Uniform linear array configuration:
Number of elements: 48
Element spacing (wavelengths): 1
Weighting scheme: hamming
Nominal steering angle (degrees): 0
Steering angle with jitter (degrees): -1.997
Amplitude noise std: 0.05
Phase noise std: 0.05

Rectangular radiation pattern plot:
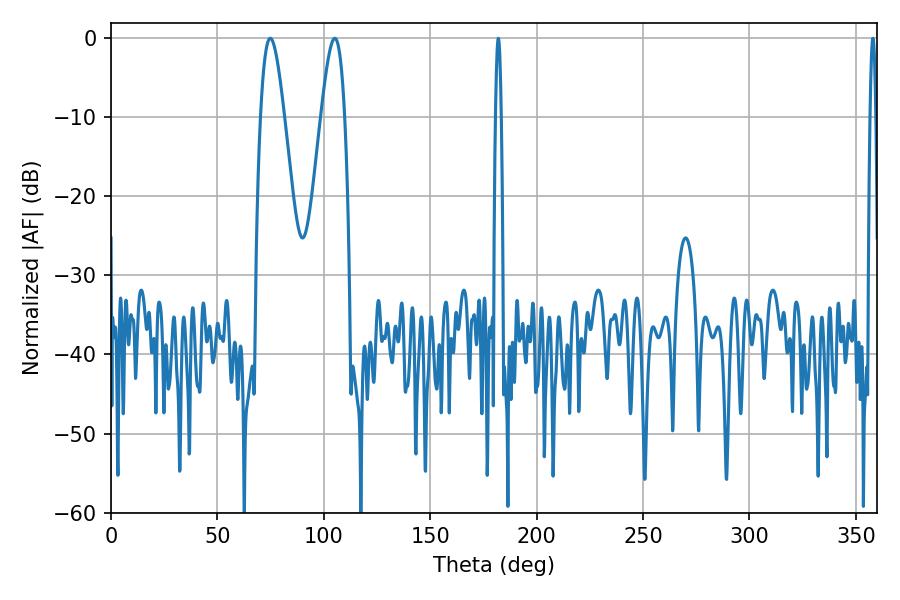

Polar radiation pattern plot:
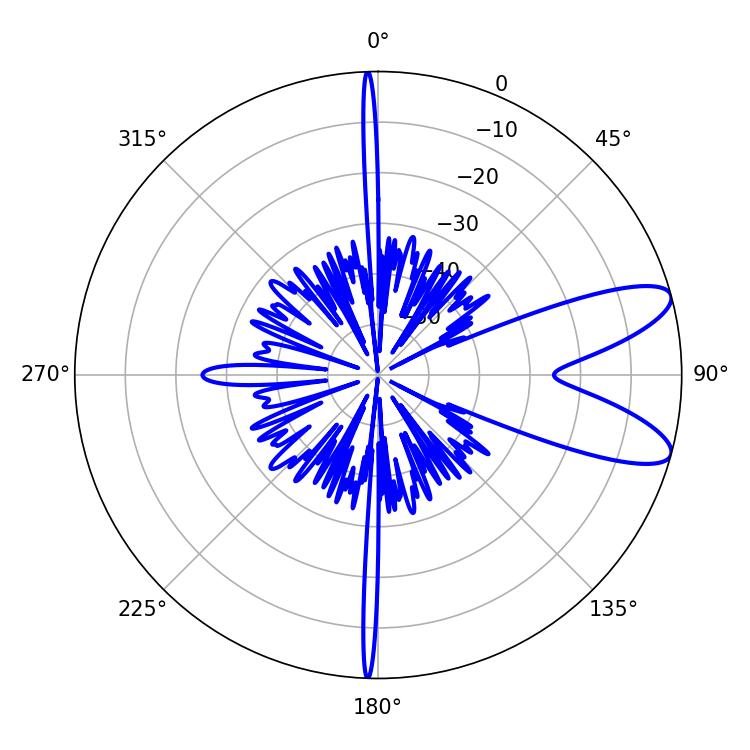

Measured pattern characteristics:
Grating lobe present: TRUE
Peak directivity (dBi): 9.57
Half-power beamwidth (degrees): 5.94
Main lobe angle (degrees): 74.88